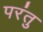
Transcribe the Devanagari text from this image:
परंतु